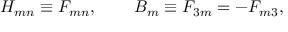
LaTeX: H _ { m n } \equiv F _ { m n } , \, \quad \quad B _ { m } \equiv F _ { 3 m } = - F _ { m 3 } , \,